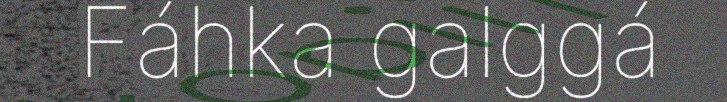
Fáhka galggá